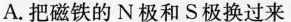
A.把磁铁的N极和S极换过来